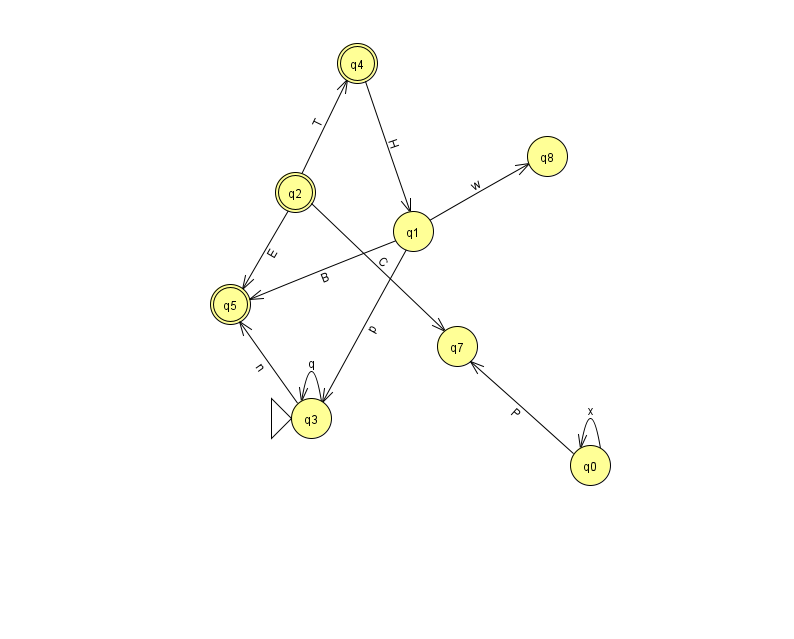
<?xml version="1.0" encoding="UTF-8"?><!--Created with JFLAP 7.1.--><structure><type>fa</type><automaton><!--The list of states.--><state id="0" name="q0"><x>590.0</x><y>452.0</y></state><state id="1" name="q1"><x>413.0</x><y>218.0</y></state><state id="2" name="q2"><x>295.0</x><y>179.0</y><final/></state><state id="3" name="q3"><x>311.0</x><y>405.0</y><initial/></state><state id="4" name="q4"><x>357.0</x><y>50.0</y><final/></state><state id="5" name="q5"><x>230.0</x><y>291.0</y><final/></state><state id="7" name="q7"><x>457.0</x><y>333.0</y></state><state id="8" name="q8"><x>547.0</x><y>143.0</y></state><!--The list of transitions.--><transition><from>4</from><to>1</to><read>H</read></transition><transition><from>3</from><to>3</to><read>q</read></transition><transition><from>0</from><to>7</to><read>P</read></transition><transition><from>2</from><to>4</to><read>T</read></transition><transition><from>1</from><to>3</to><read>p</read></transition><transition><from>1</from><to>5</to><read>B</read></transition><transition><from>0</from><to>0</to><read>x</read></transition><transition><from>2</from><to>5</to><read>E</read></transition><transition><from>3</from><to>5</to><read>n</read></transition><transition><from>1</from><to>8</to><read>w</read></transition><transition><from>2</from><to>7</to><read>C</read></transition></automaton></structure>